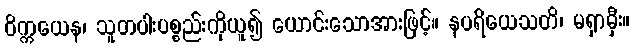
ဝိက္ကယေန၊ သူတပါးပစ္စည်းကိုယူ၍ ယောင်းသောအားဖြင့်။ နပရိယေသတိ၊ မရှာမှီး။